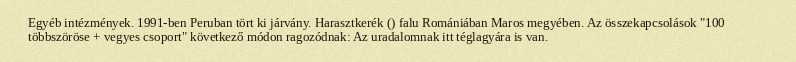
Egyéb intézmények. 1991-ben Peruban tört ki járvány. Harasztkerék () falu Romániában Maros megyében. Az összekapcsolások "100 többszöröse + vegyes csoport" következő módon ragozódnak: Az uradalomnak itt téglagyára is van.